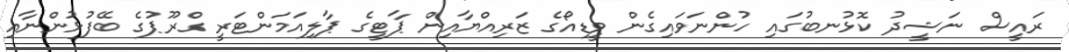
ރައީސް ނަޝީދު ކޮޅުނބުގައި ހުންނަވައިގެން ވީޑިއޯގެ ޒަރިއްޔާއިން ޕާޓީގެ ޕާލިއަމަންޓަރީ ގްރޫޕުގެ ބޭފުޅުންނާއި